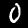
Digit: 0